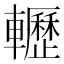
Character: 轣